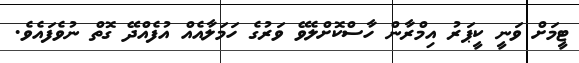
ޓީމަށް ވަނީ ކީޕަރު އިމްރާން ހާސްކޮށްލެވޭ ވަރުގެ ހަމަލާއެއް އުފެއްދޭ ގޮތް ނުވެފައެވެ.